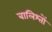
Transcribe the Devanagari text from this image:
बालिश्तों